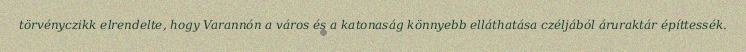
törvényczikk elrendelte, hogy Varannón a város és a katonaság könnyebb elláthatása czéljából áruraktár építtessék.